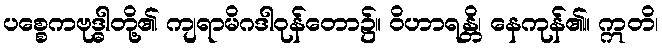
ပစ္စေကဗုဒ္ဓါတို့၏ ကျရာမိဂဒါဝုန်တော၌။ ဝိဟာရန္တိ၊ နေကုန်၏။ ဣတိ၊